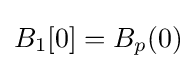
B_{1}[0]=B_{p}(0)